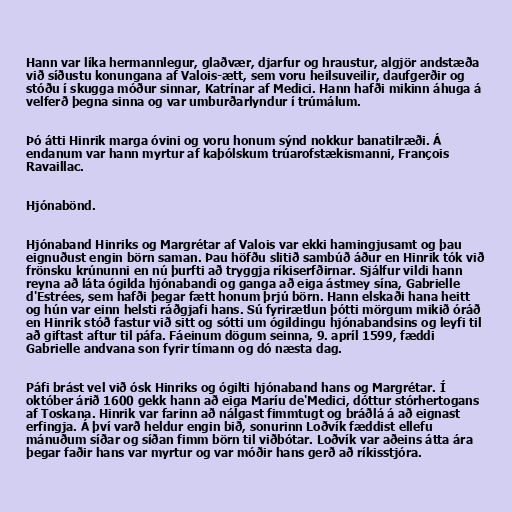
Hann var líka hermannlegur, glaðvær, djarfur og hraustur, algjör andstæða
við síðustu konungana af Valois-ætt, sem voru heilsuveilir, daufgerðir og
stóðu í skugga móður sinnar, Katrínar af Medici. Hann hafði mikinn áhuga á
velferð þegna sinna og var umburðarlyndur í trúmálum.

Þó átti Hinrik marga óvini og voru honum sýnd nokkur banatilræði. Á
endanum var hann myrtur af kaþólskum trúarofstækismanni, François
Ravaillac.

Hjónabönd.

Hjónaband Hinriks og Margrétar af Valois var ekki hamingjusamt og þau
eignuðust engin börn saman. Þau höfðu slitið sambúð áður en Hinrik tók við
frönsku krúnunni en nú þurfti að tryggja ríkiserfðirnar. Sjálfur vildi hann
reyna að láta ógilda hjónabandi og ganga að eiga ástmey sína, Gabrielle
d'Estrées, sem hafði þegar fætt honum þrjú börn. Hann elskaði hana heitt
og hún var einn helsti ráðgjafi hans. Sú fyrirætlun þótti mörgum mikið óráð
en Hinrik stóð fastur við sitt og sótti um ógildingu hjónabandsins og leyfi til
að giftast aftur til páfa. Fáeinum dögum seinna, 9. apríl 1599, fæddi
Gabrielle andvana son fyrir tímann og dó næsta dag.

Páfi brást vel við ósk Hinriks og ógilti hjónaband hans og Margrétar. Í
október árið 1600 gekk hann að eiga Maríu de'Medici, dóttur stórhertogans
af Toskana. Hinrik var farinn að nálgast fimmtugt og bráðlá á að eignast
erfingja. Á því varð heldur engin bið, sonurinn Loðvík fæddist ellefu
mánuðum síðar og síðan fimm börn til viðbótar. Loðvík var aðeins átta ára
þegar faðir hans var myrtur og var móðir hans gerð að ríkisstjóra.